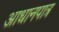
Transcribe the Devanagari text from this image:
आधानपात्र